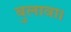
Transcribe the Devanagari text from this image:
बुलावा।